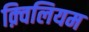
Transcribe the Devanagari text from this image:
क़्विलियम